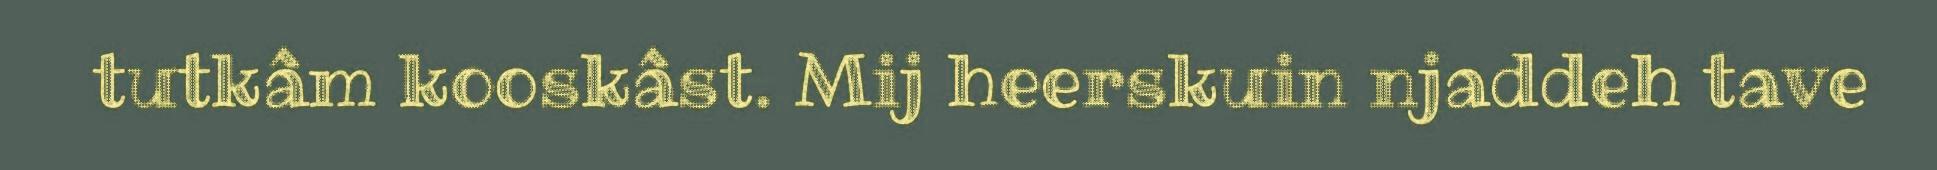
tutkâm kooskâst. Mij heerskuin njaddeh tave